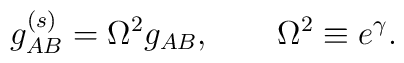
g^{(s)}_{AB} =\Omega^2 g_{AB},  \qquad \Omega^2 \equiv e^{\gamma} .